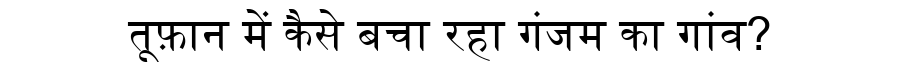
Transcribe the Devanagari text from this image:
तूफ़ान में कैसे बचा रहा गंजम का गांव?